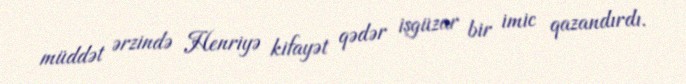
müddət ərzində Henriyə kifayət qədər işgüzar bir imic qazandırdı.